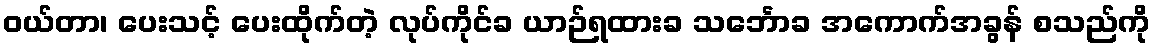
ဝယ်တာ၊ ပေးသင့် ပေးထိုက်တဲ့ လုပ်ကိုင်ခ ယာဉ်ရထားခ သင်္ဘောခ အကောက်အခွန် စသည်ကို